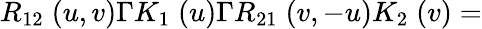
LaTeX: R_{12}\; (u,v)\Gamma K_{1}\; (u)\Gamma R_{21}\; (v,-u)K_{2}\; (v)=